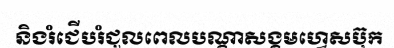
និងរំជើបរំជួលពេលបណ្តាសង្គមហ្វេសប៊ុក